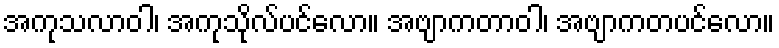
အကုသလာဝါ၊ အကုသိုလ်ပင်လော။ အဗျာကတာဝါ၊ အဗျာကတပင်လော။